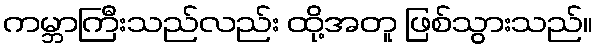
ကမ္ဘာကြီးသည်လည်း ထို့အတူ ဖြစ်သွားသည်။